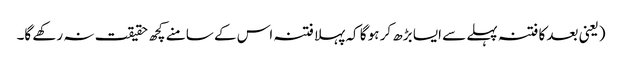
(یعنی بعد کا فتنہ پہلے سے ایسا بڑھ کر ہو گا کہ پہلا فتنہ اس کے سامنے کچھ حقیقت نہ رکھے گا۔